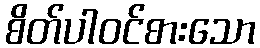
စိတ်ပါဝင်စားသော